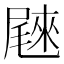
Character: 𰎄